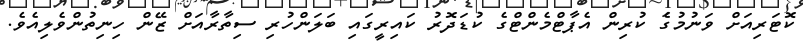
ކޮޓަރިއަށް ވަނުމުގެ ކުރިން އެޕާޓްމެންޓްގެ ކުޑަދޮރު ކައިރީގައި ބަލަންހުރި ސިތާރާއަށް ޒޭން ހިނިތުންވެލިއެވެެ.